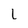
Character: L